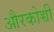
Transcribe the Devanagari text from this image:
औरकोच्ची